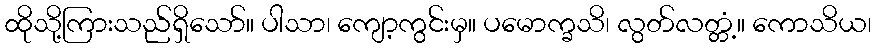
ထိုသို့ကြားသည်ရှိသော်။ ပါသာ၊ ကျော့ကွင်းမှ။ ပမောက္ခသိ၊ လွတ်လတ္တံ့။ ကောသိယ၊